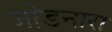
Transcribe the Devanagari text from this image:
जोडनारा